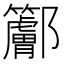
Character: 𨟭